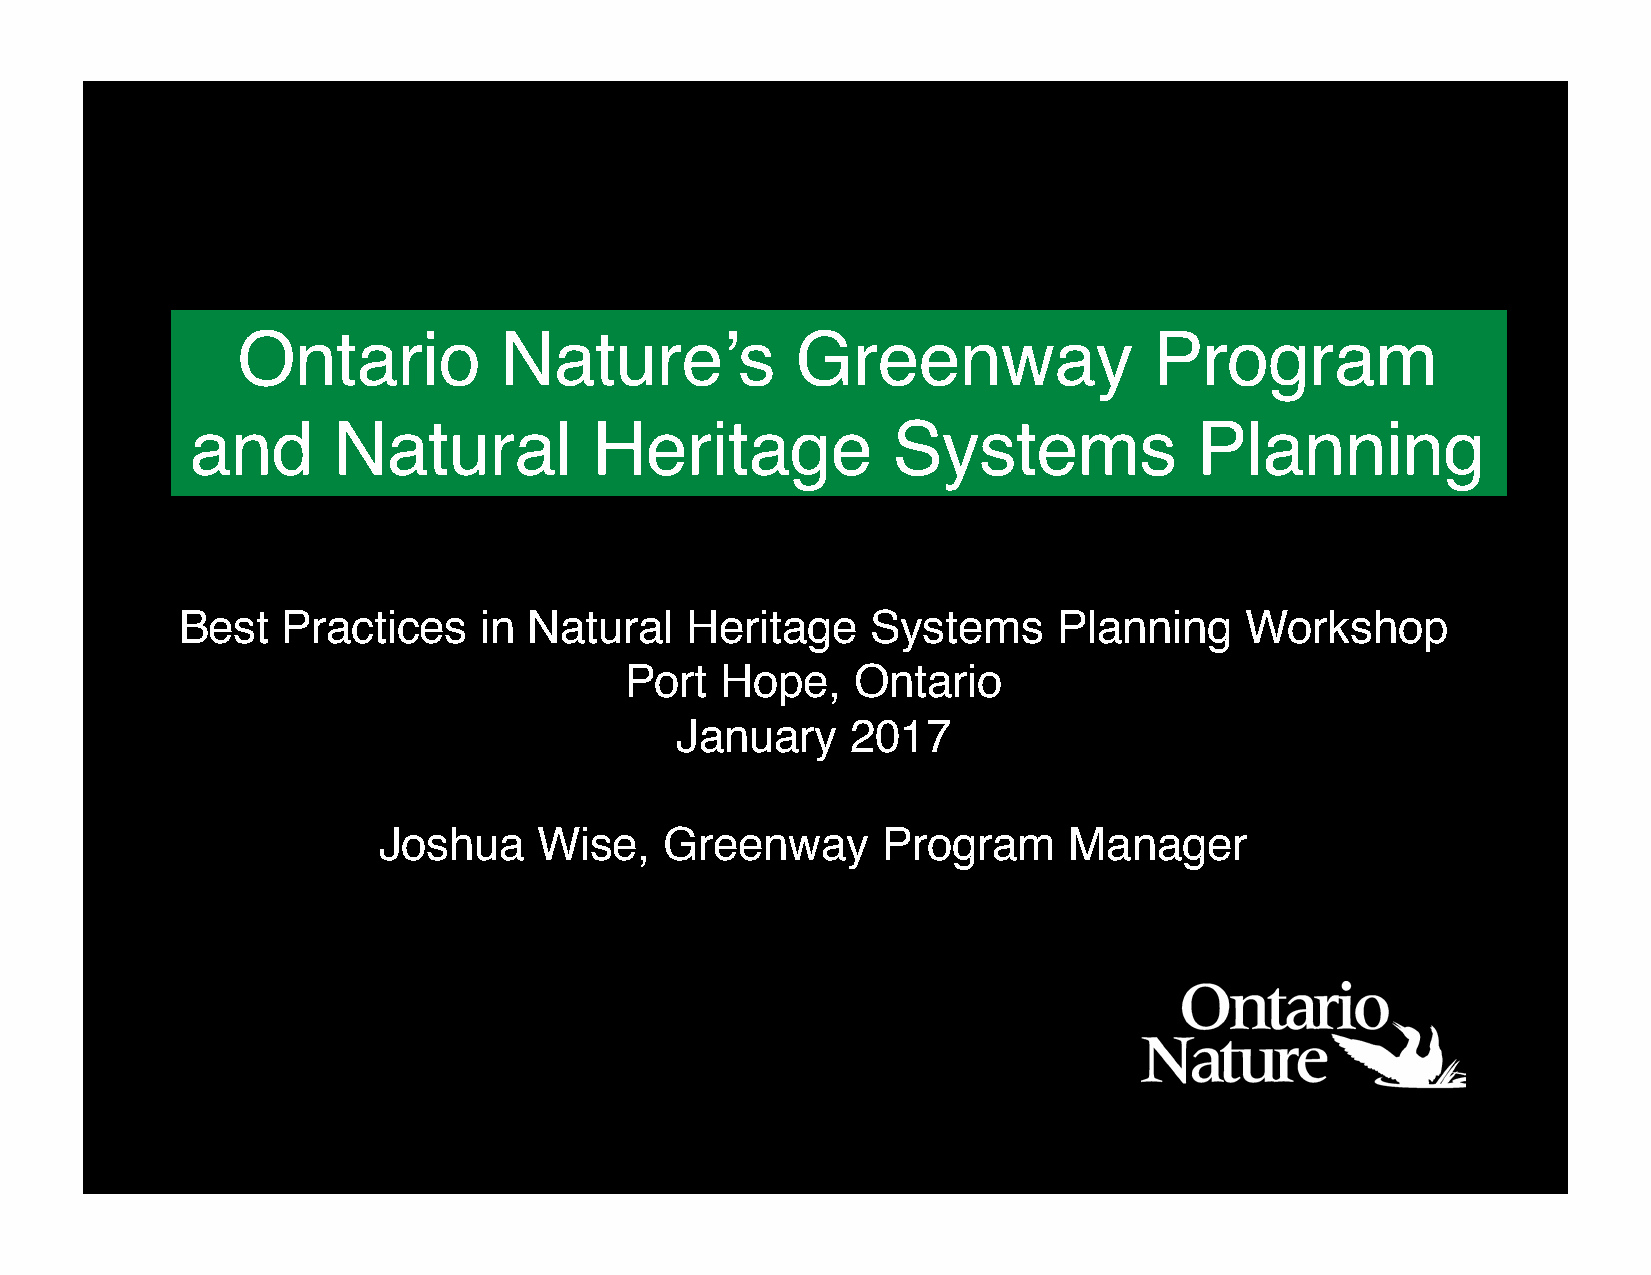
Ontario          Nature’s            Greenway               Program
 and      Natural          Heritage            Systems             Planning
 Best   Practices    in Natural   Heritage     Systems     Planning    Workshop
 Port   Hope,   Ontario
 January    2017
 Joshua     Wise,   Greenway      Program      Manager